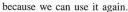
because we can use it again.